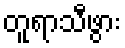
တူရာသီဖွား